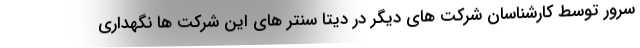
سرور توسط کارشناسان شرکت های دیگر در دیتا سنتر های این شرکت ها نگهداری